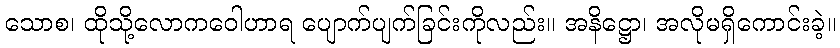
သောစ၊ ထိုသို့လောကဝေါဟာရ ပျောက်ပျက်ခြင်းကိုလည်း။ အနိဋ္ဌော၊ အလိုမရှိကောင်းခဲ့။